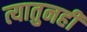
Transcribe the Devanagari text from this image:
त्यातुनही